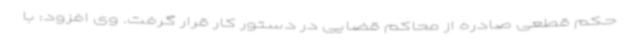
حکم قطعی صادره از محاکم قضایی در دستور کار قرار گرفت. وی افزود: با